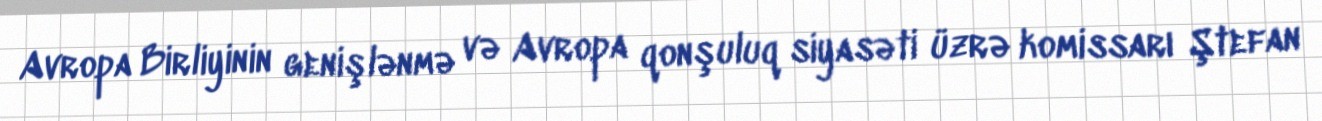
Avropa Birliyinin genişlənmə və Avropa qonşuluq siyasəti üzrə komissarı Ştefan